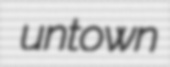
untown